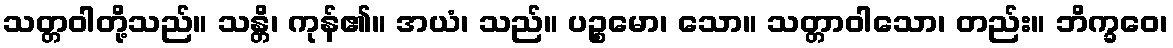
သတ္တဝါတို့သည်။ သန္တိ၊ ကုန်၏။ အယံ၊ သည်။ ပဉ္စမော၊ သော။ သတ္တာဝါသော၊ တည်း။ ဘိက္ခဝေ၊